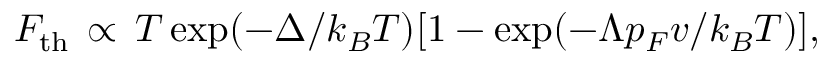
F _ { \mathrm { t h } } \, \propto \, T \exp ( - \Delta / k _ { B } T ) [ 1 - \exp ( - \Lambda p _ { F } v / k _ { B } T ) ] ,